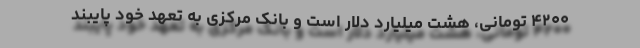
۴۲۰۰ تومانی، هشت میلیارد دلار است و بانک مرکزی به تعهد خود پایبند